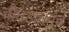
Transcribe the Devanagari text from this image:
चौघडाचमूचे